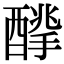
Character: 𨢙